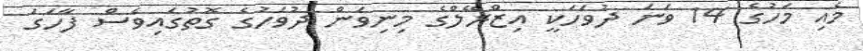
މެއި މަހުގެ 14 ވަނަ ދުވަހަކީ އިޒްރޭލްގެ މިނިވަން ދުވަހުގެ ގޮތުގައިވެސް ފާހަގަ